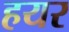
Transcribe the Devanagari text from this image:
हयर